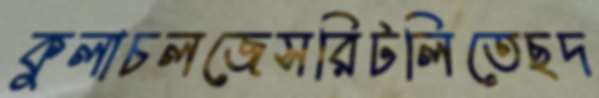
কুলাচলজেসরিটলিতেছদ